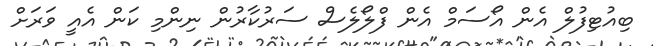
ބިއުޓިފުލް އެން އޯސަމް އެން ފްލޯލެސް ސަރުކާރުން ނިންމި ކަން އެއީ ވަރަށް